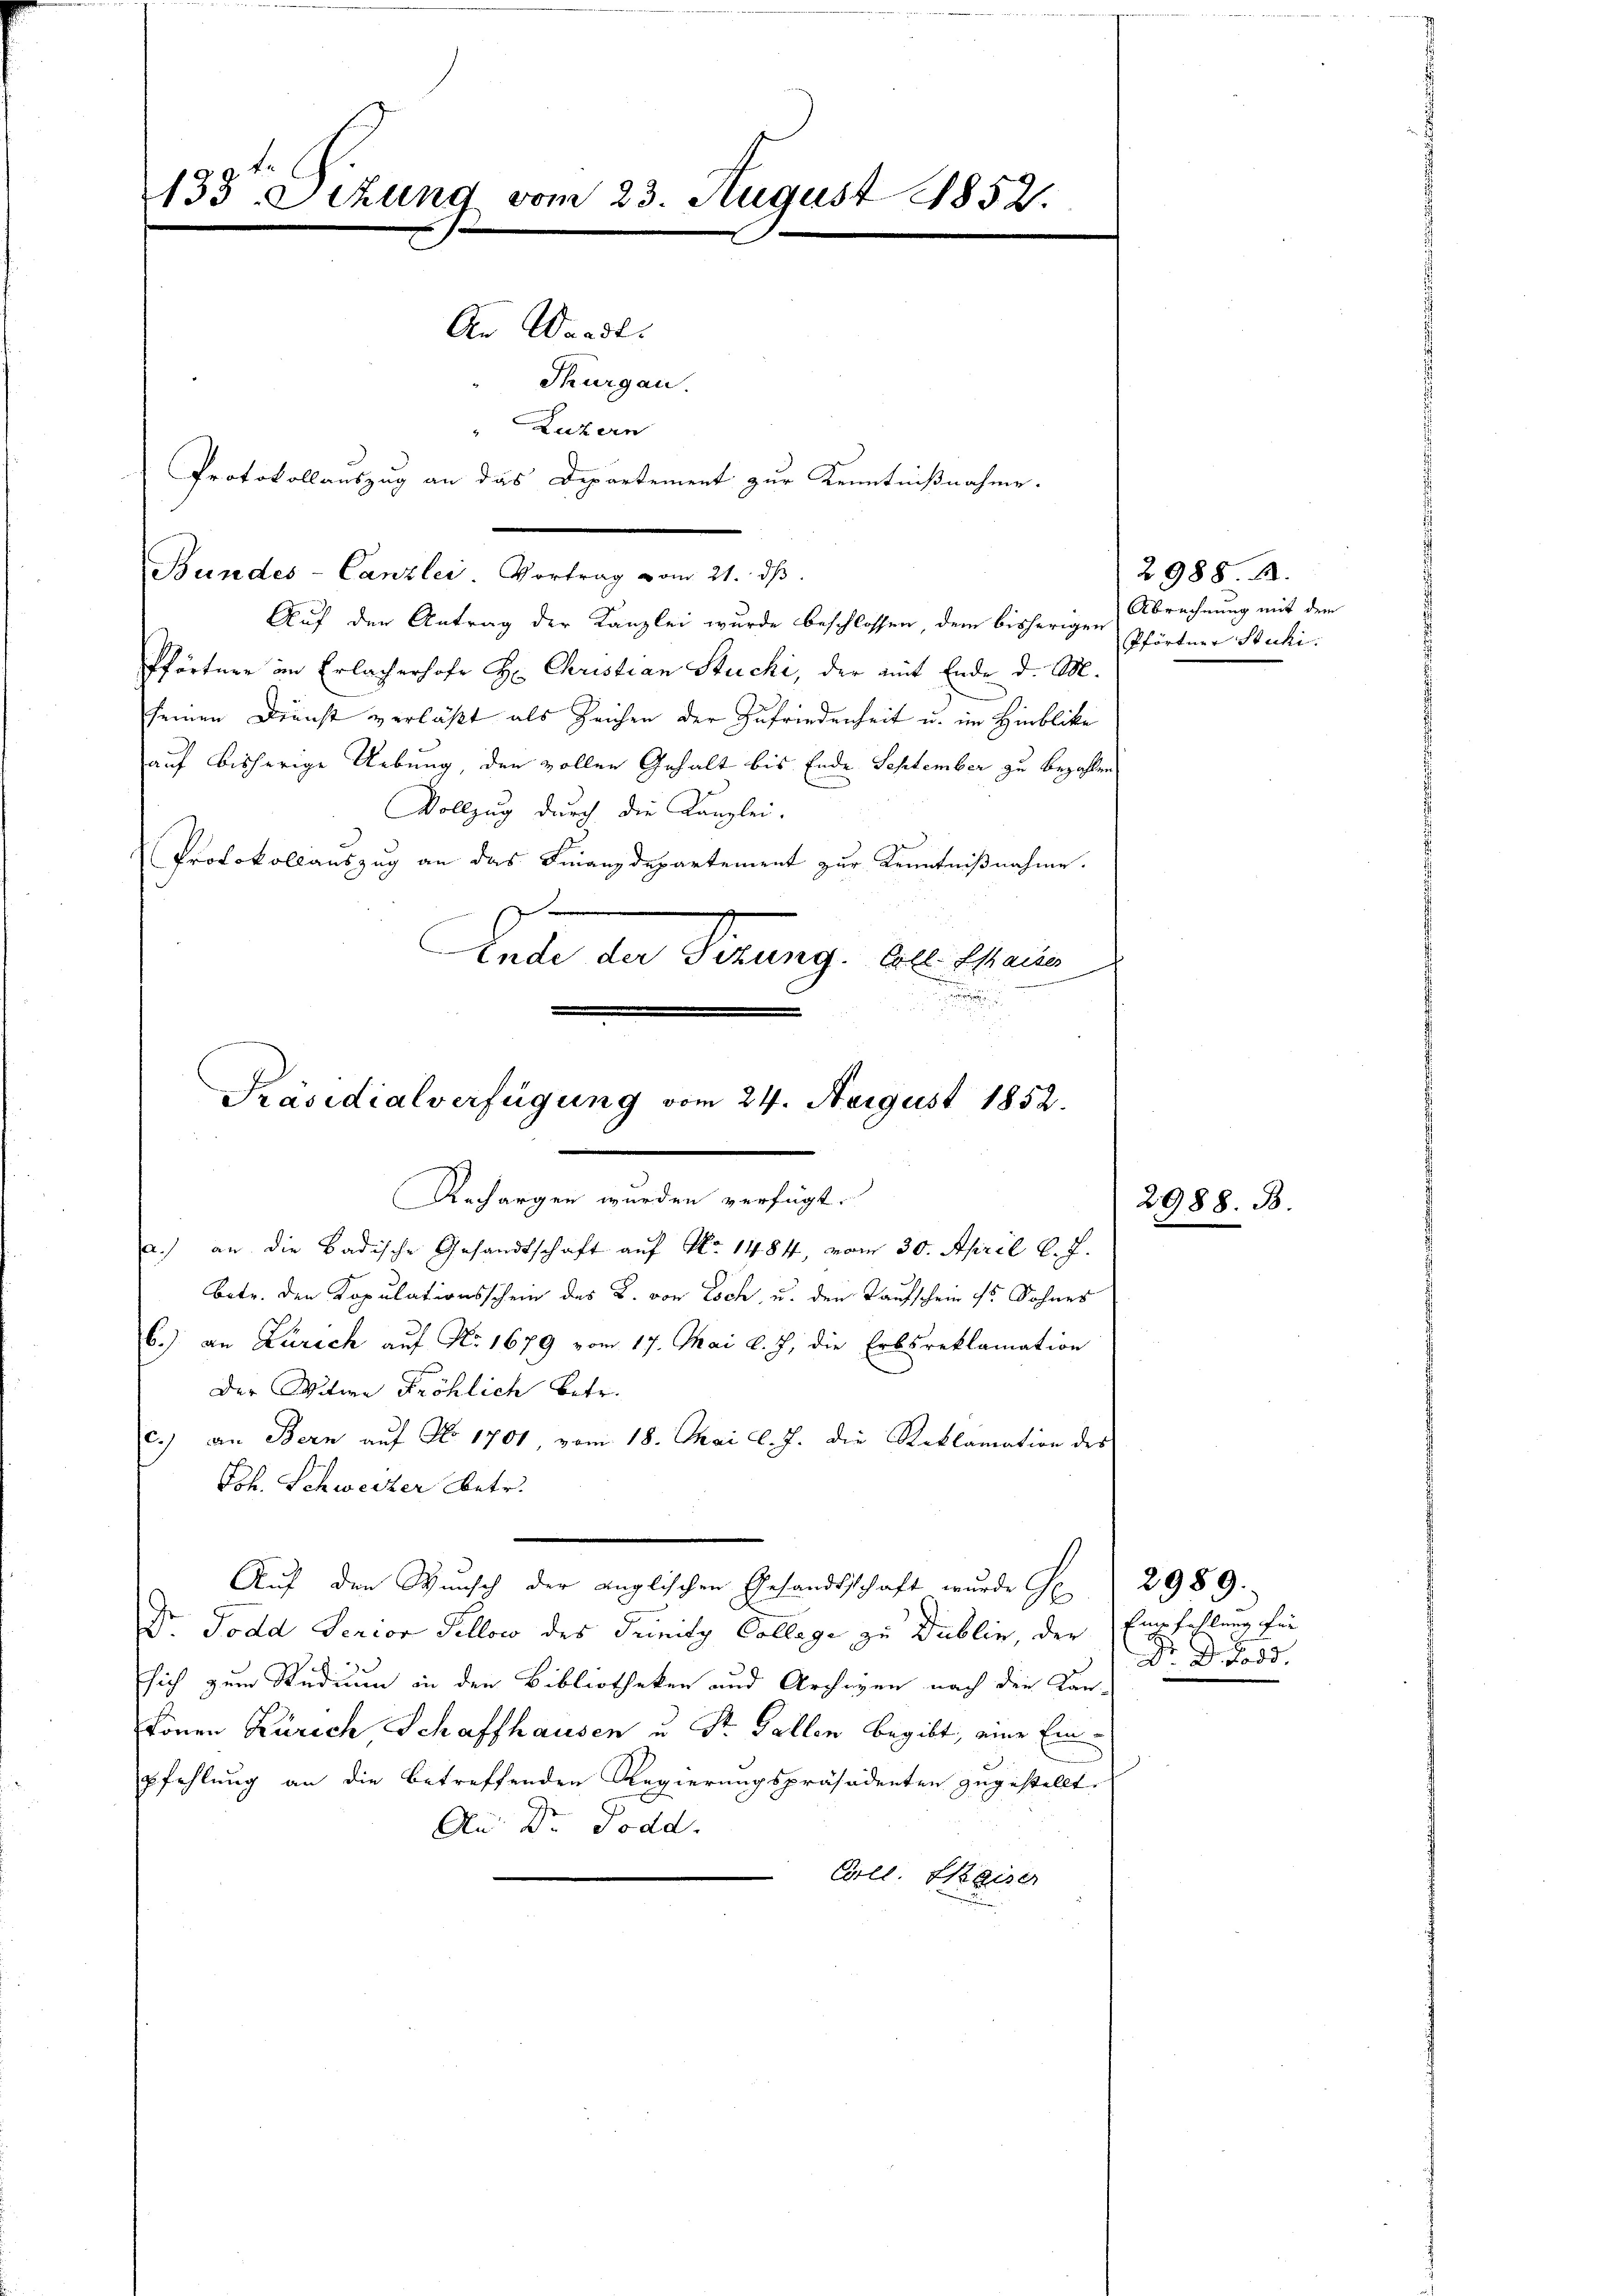
133, Sitzung vom 23. August 1852.
An Waadt.
Thurgau.
" Luzern
Protokollauszug an das Departement zur Kenntnißnahme.

Bundes-Canzlei Vortrag vom 21. dβ.
Auf den Antrag der Kanzlei wurde beschlossen, dem bisherigen
Pfärtner in Erlacherhofe H: Christian Stucki, der mit Ende d. M.
seinen Dienst verläßt als Zeichen der Zufriedenheit u. im Hinblicke
auf bisherige Uebung, den vollen Gehalt bis Ende September zu bezahlen
Vollzug durch die Kanzlei.
Protokollauszug an das Finanzdepartement zur Kenntnißnahme.
e
Ende der Sitzung. Coll Chaise
Präsidialverfügung vom 24. August 1852.

betr. den Kopulationsschein des L. von Loch, u. den Taufschein ds Sohnes
6.) an Zürich auf No 1679 vom 17. Mai l. J. die Erbsreklamation
Der Witwe Fröhlich betr.
c.) an Bern auf No 1701, vom 18. Mai l. J. die Reklamation des
Joh. Schweizer Antr
Auf den Wunsch der anglischen Gesandtschaft wurde s
Dr. Todd Senior Tillow des Junity College zu Dublin, der Empfehlung für
sich zum Studium in den Bibliotheken und Archiven nach den Kankönen Zürich Schaffhausen u. Dr. Gallen begibt, eine Einpfehlung an die betreffenden Regierungspräsidenten zugestellt.
An Dr. Todd.
Coll. Weiser

Rechargen wurden verfügt:
a.) an die Badische Gesandtschaft auf No 1484, vom 30. April l. J.

2988. A
Abrechnung mit dem
Pförtner Stuhi.

2988. B.

2989.
Dr. d. Post